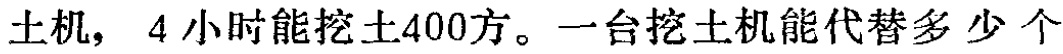
土机，4小时能挖土400方。一台挖土机能代替多少个